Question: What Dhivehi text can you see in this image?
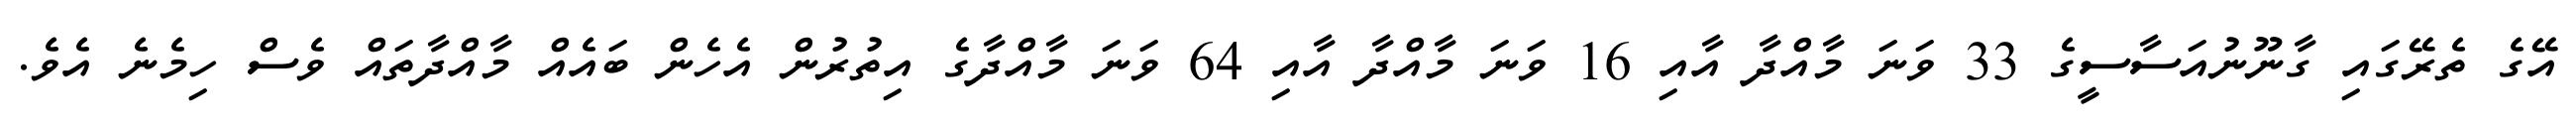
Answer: އޭގެ ތެރޭގައި ގާނޫނުއަސާސީގެ 33 ވަނަ މާއްދާ އާއި 16 ވަނަ މާއްދާ އާއި 64 ވަނަ މާއްދާގެ އިތުރުން އެހެން ބައެއް މާއްދާތައް ވެސް ހިމެނެ އެވެ.